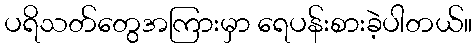
ပရိသတ်တွေအကြားမှာ ရေပန်းစားခဲ့ပါတယ်။